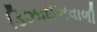
ડિઝાઈનવાળી